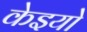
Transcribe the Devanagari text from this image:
केइयो